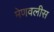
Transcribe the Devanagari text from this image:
मेणवलीस